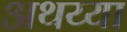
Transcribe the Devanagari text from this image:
अथय्या